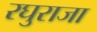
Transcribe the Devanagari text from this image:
रघुराजा